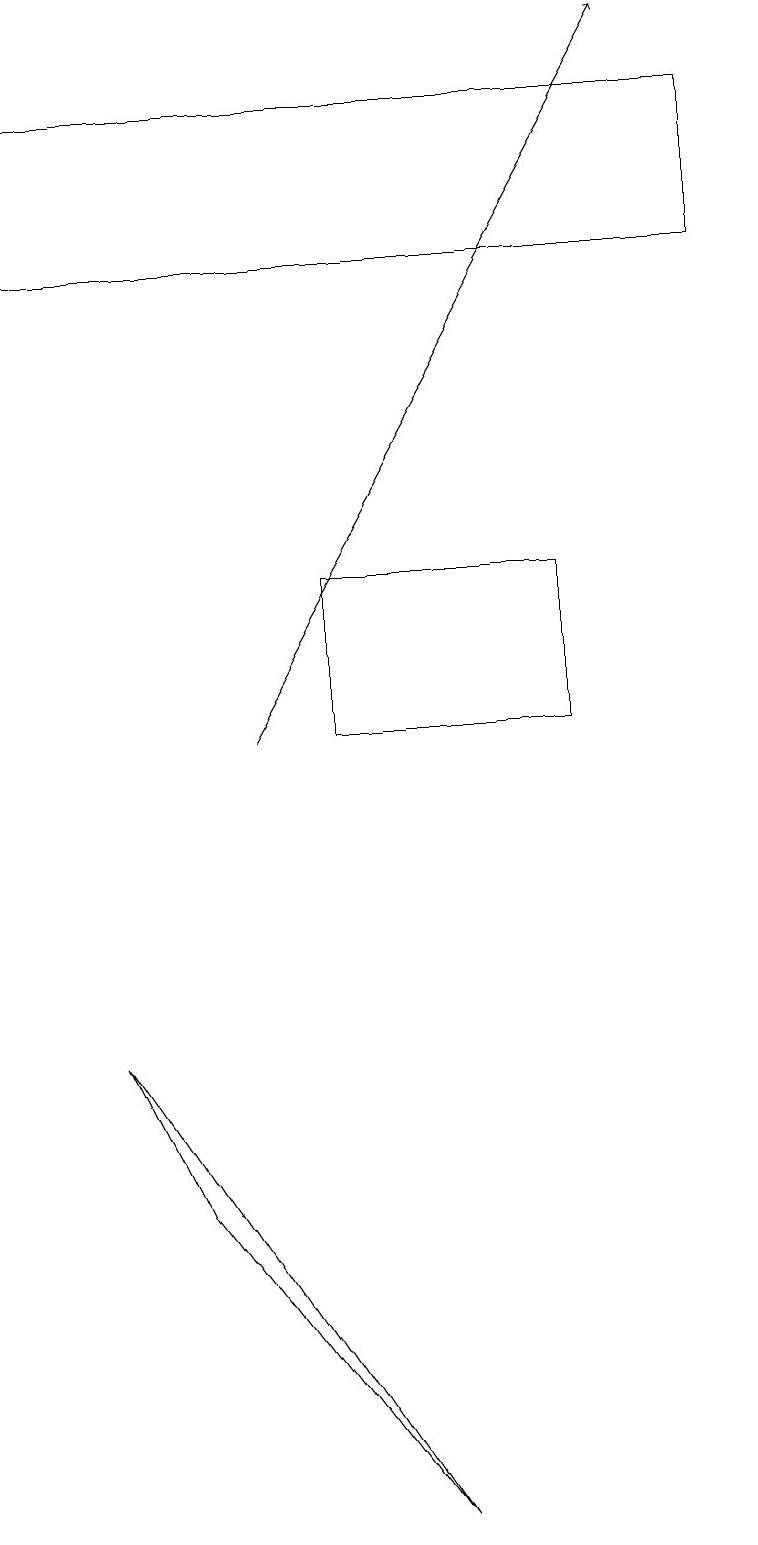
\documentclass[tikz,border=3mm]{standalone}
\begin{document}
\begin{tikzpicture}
\draw (0,18) rectangle (9,16);
\draw (1,6) -- (2,4) -- (5,0) -- cycle;
\draw (4,12) rectangle (7,10);
\draw[->] (3,10) -- (8,19);
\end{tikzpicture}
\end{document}